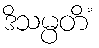
ဒိသမ္ပတိံ